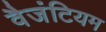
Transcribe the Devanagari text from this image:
वैजंटियम